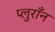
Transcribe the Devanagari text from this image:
प्लुराँन